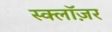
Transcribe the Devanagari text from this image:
स्क्लॉज़र